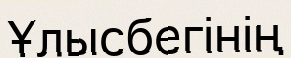
Ұлысбегінің